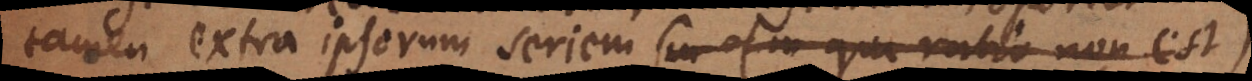
tamen extra ipsorum seriem (in qua ratio non est)